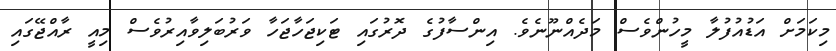
މިކަމަށް އަޑުއުފުލާ މީހުންވެސް މަދެއްނޫނެވެ. އިންސާފުގެ ދޮރުގައި ޓަކިޖަހާޖަހާ ވަރުބަލިވާއިރުވެސް މިއީ ރާއްޖޭގައި